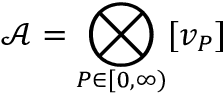
{ \mathcal { A } } = \bigotimes _ { P \in \lbrack 0 , \infty ) } [ v _ { P } ]